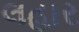
લહાર